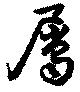
屬